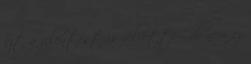
ezt a jelentést is felvette - de nem ez